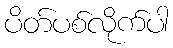
ပိတ်ပစ်လိုက်ပါ